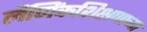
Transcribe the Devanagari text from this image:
लैंगिंकशिक्षणाच्या